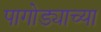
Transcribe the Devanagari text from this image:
पागोड्याच्या